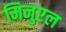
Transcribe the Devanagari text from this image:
मिनुएल